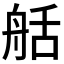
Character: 𦨯